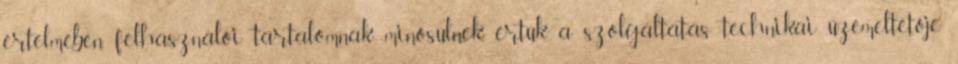
értelmében felhasználói tartalomnak minősülnek, értük a szolgáltatás technikai üzemeltetője